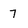
Character: 7